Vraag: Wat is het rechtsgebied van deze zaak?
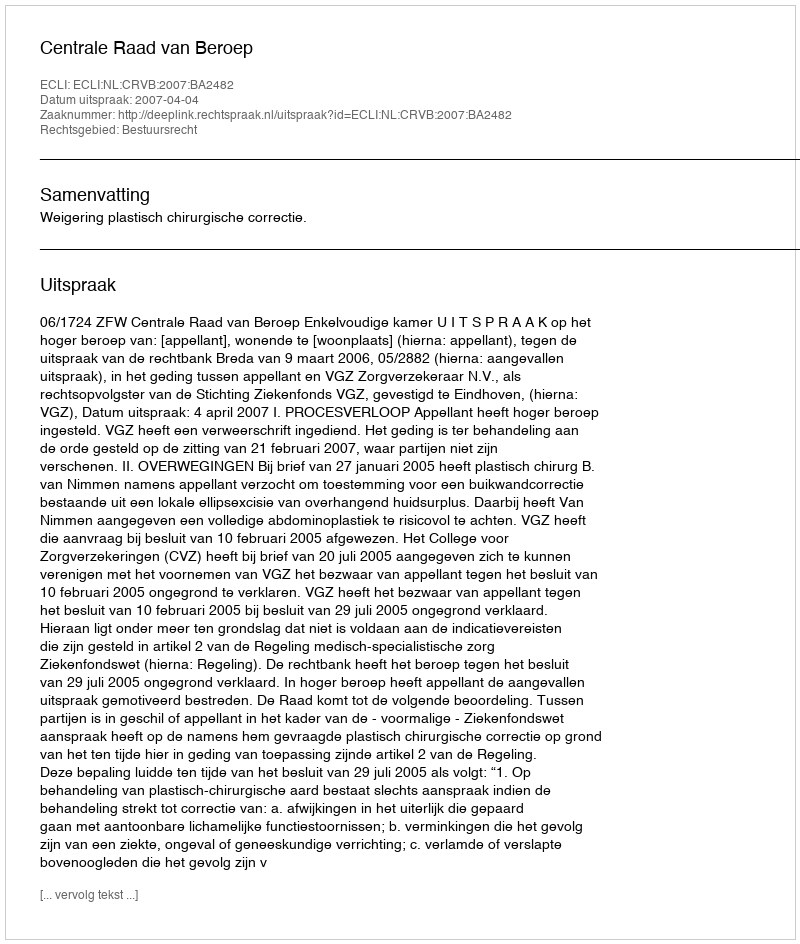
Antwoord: Bestuursrecht